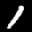
Label: 1